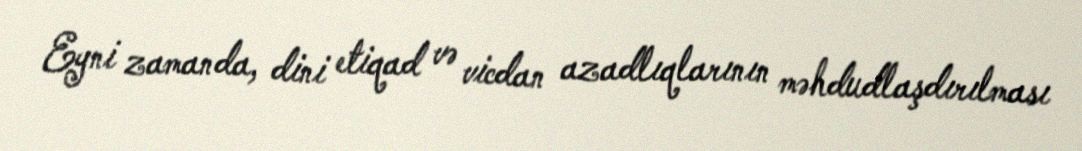
Eyni zamanda, dini etiqad və vicdan azadlıqlarının məhdudlaşdırılması